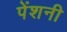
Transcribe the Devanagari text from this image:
पेंशनी